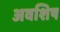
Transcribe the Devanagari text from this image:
अवशिष